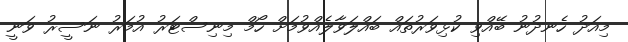
މިއަދު ހެނދުނު ބޭއްވި ކުޅިވަރުތައް ބައްލަވާލެއްވުމަށް ހޯމް މިނިސްޓަރު އުމަރު ނަސީރު ވަނީ